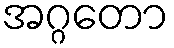
အဂ္ဂတော